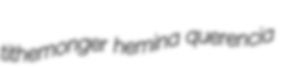
tithemonger hemina querencia